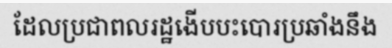
ដែលប្រជាពលរដ្ឋងើបបះបោរប្រឆាំងនឹង